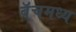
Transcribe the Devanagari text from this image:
बॅचमध्य